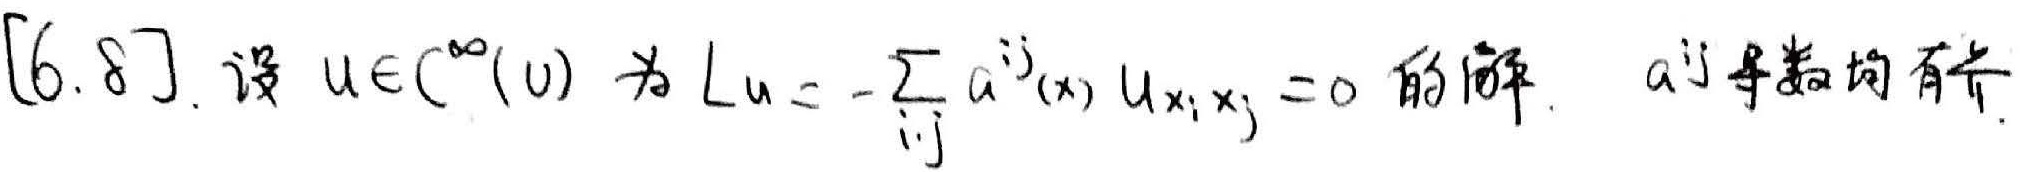
$[6.8]$. 设 $u\in C^{\infty}(U)$ 为 $Lu = -\sum_{i,j} a^{ij}(x)u_{x_ix_j}=0$ 的解. $a^{ij}$ 导数均有界.